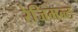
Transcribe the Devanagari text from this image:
रेजिमन्ट